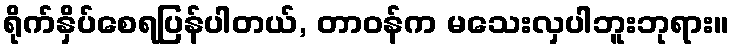
ရိုက်နှိပ်စေရပြန်ပါတယ်, တာဝန်က မသေးလှပါဘူးဘုရား။